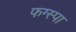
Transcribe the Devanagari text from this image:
फग्स्पा